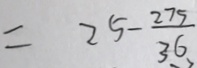
= 2 5 - \frac { 2 7 5 } { 3 6 }